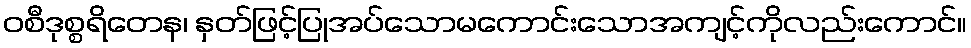
ဝစီဒုစ္စရိတေန၊ နှတ်ဖြင့်ပြုအပ်သောမကောင်းသောအကျင့်ကိုလည်းကောင်။